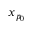
x _ { p _ { 0 } }